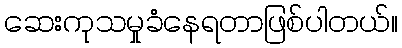
ဆေးကုသမှုခံနေရတာဖြစ်ပါတယ်။